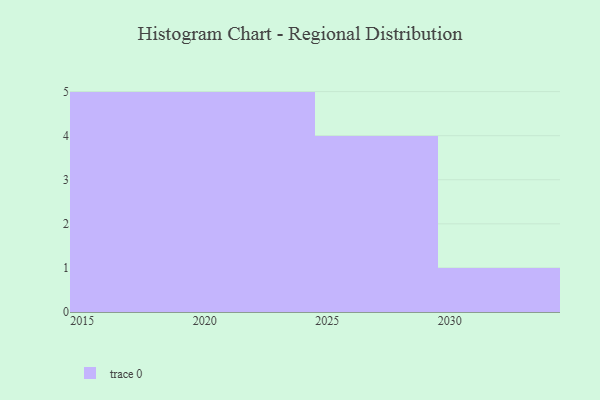
{"axis": {"x": "Year", "y": "Website Visitors"}, "legend": [""], "data": [{"x": "2017", "y": 38, "type": ""}, {"x": "2024", "y": 5, "type": ""}, {"x": "2030", "y": 36, "type": ""}, {"x": "2015", "y": 84, "type": ""}, {"x": "2016", "y": 81, "type": ""}, {"x": "2028", "y": 34, "type": ""}, {"x": "2022", "y": 92, "type": ""}, {"x": "2023", "y": 13, "type": ""}, {"x": "2021", "y": 34, "type": ""}, {"x": "2019", "y": 97, "type": ""}, {"x": "2020", "y": 96, "type": ""}, {"x": "2027", "y": 67, "type": ""}, {"x": "2018", "y": 83, "type": ""}, {"x": "2029", "y": 28, "type": ""}, {"x": "2025", "y": 24, "type": ""}]}